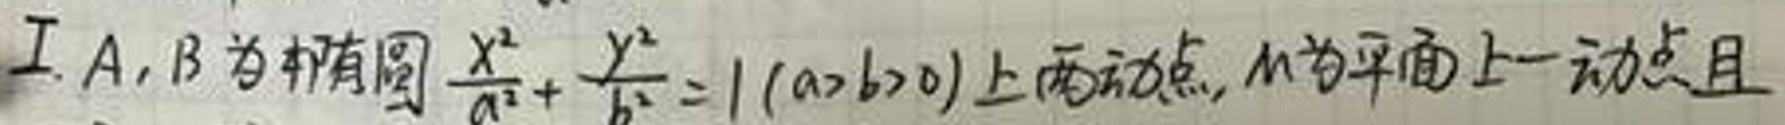
Ⅰ. \(A,B\)为椭圆\(\frac{x^{2}}{a^{2}}+\frac{y^{2}}{b^{2}} = 1(a>b>0)\)上两动点，\(M\)为平面上一动点且